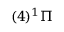
( 4 ) ^ { 1 } \Pi